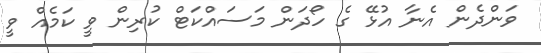
ވަންދެން އެނާ އުޅޭ ގެ ހޯދަން މަސައްކަޓް ކުރިން ވީ ކަމެއް ވީ